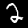
Digit: 2